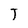
Character: T